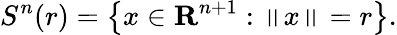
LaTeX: S^{n}(r)=\left\{ x\in\mathbf{R}^{n+1}:\left\| x\right\| =r\right\} .